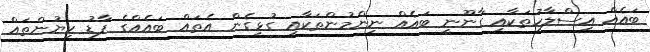
ބައެއް އިސްލާހުތަކާއި ގާނޫނީ ބައެެއް ނިންމުންތަކާއި ގުޅިގެން އެތައް ބައެއްގެ ފާޑު ކިޔުންތައް